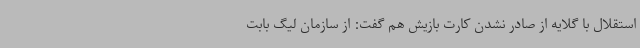
استقلال با گلایه از صادر نشدن کارت بازیش هم گفت: از سازمان لیگ بابت